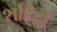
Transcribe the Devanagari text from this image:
शहिदों